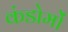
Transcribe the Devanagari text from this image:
कंडोमों